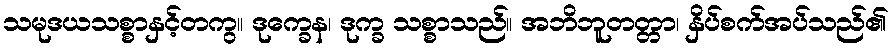
သမုဒယသစ္စာနှင့်တကွ။ ဒုက္ခေန၊ ဒုက္ခ သစ္စာသည်။ အဘိဘူတတ္တာ၊ နှိပ်စက်အပ်သည်၏